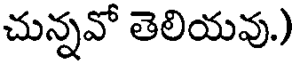
చున్నవో తెలియవు.)